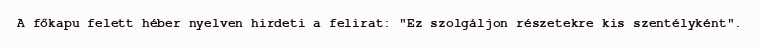
A főkapu felett héber nyelven hirdeti a felirat: "Ez szolgáljon részetekre kis szentélyként".